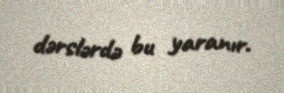
dərslərdə bu yaranır.